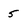
Character: 5